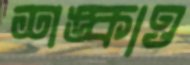
শঙ্কাও